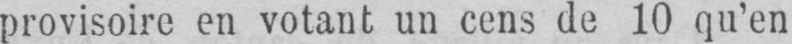
provisoire en votant un cens de 10 qu’en